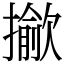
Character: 𢶖